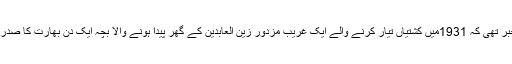
کیا کسی کو خبر تھی کہ 1931میں کشتیاں تیار کرنے والے ایک غریب مزدور زین العابدین کے گھر پیدا ہونے والا بچہ ایک دن بھارت کا صدر بن جائے گا؟